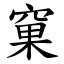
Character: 窠